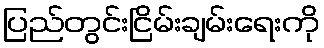
ပြည်တွင်းငြိမ်းချမ်းရေးကို